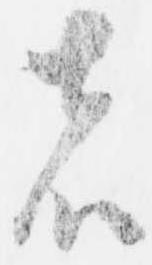
者